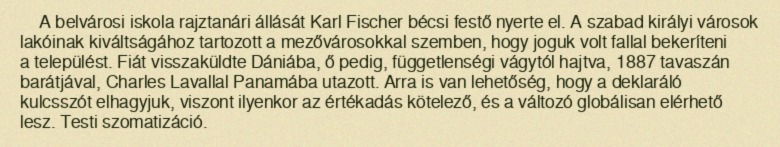
A belvárosi iskola rajztanári állását Karl Fischer bécsi festő nyerte el. A szabad királyi városok lakóinak kiváltságához tartozott a mezővárosokkal szemben, hogy joguk volt fallal bekeríteni a települést. Fiát visszaküldte Dániába, ő pedig, függetlenségi vágytól hajtva, 1887 tavaszán barátjával, Charles Lavallal Panamába utazott. Arra is van lehetőség, hogy a deklaráló kulcsszót elhagyjuk, viszont ilyenkor az értékadás kötelező, és a változó globálisan elérhető lesz. Testi szomatizáció.